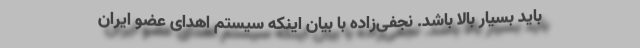
باید بسیار بالا باشد. نجفی‌زاده با بیان اینکه سیستم اهدای عضو ایران